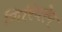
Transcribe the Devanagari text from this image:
गिरिधरेण